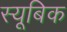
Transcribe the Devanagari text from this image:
स्यूबिक